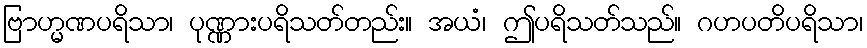
ဗြာဟ္မဏပရိသာ၊ ပုဏ္ဏားပရိသတ်တည်း။ အယံ၊ ဤပရိသတ်သည်။ ဂဟပတိပရိသာ၊